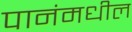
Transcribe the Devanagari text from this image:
पानंमधील